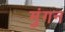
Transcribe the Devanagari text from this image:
मुंगन